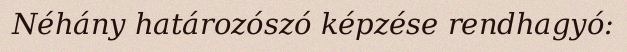
Néhány határozószó képzése rendhagyó: